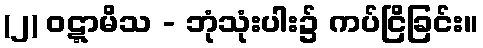
(၂) ဝဋ္ဋာမိသ - ဘုံသုံးပါး၌ ကပ်ငြိခြင်း။